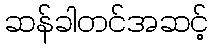
ဆန်ခါတင်အဆင့်